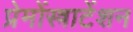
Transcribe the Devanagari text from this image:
प्रेमोंस्त्राटेंशन